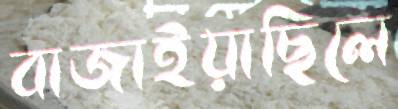
বাজাইয়াছিলে